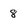
Character: 8